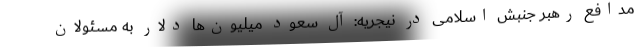
مدافع رهبر جنبش اسلامی در نیجریه: آل سعود میلیون‌ها دلار به مسئولان